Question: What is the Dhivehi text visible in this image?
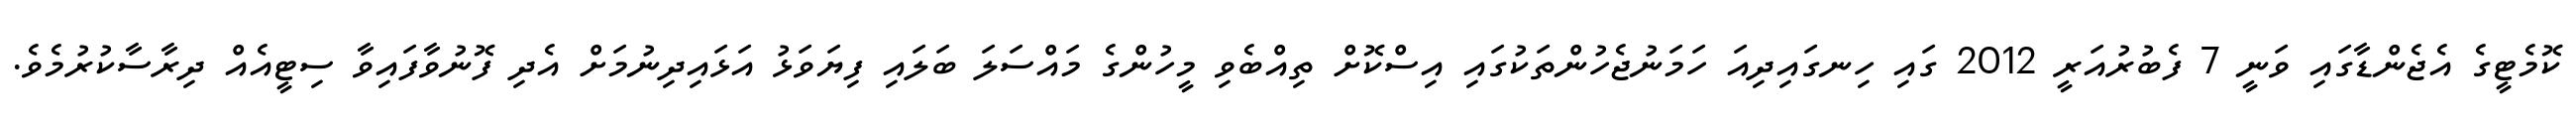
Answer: ކޮމެޓީގެ އެޖެންޑާގައި ވަނީ 7 ފެބުރުއަރީ 2012 ގައި ހިނގައިދިއަ ހަމަނުޖެހުންތަކުގައި އިސްކޮށް ތިއްބެވި މީހުންގެ މައްސަލަ ބަލައި ފިޔަވަޅު އަޅައިދިނުމަށް އެދި ފޮނުވާފައިވާ ސިޓީއެއް ދިރާސާކުރުމެވެ.